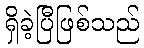
ရှိခဲ့ပြီဖြစ်သည်